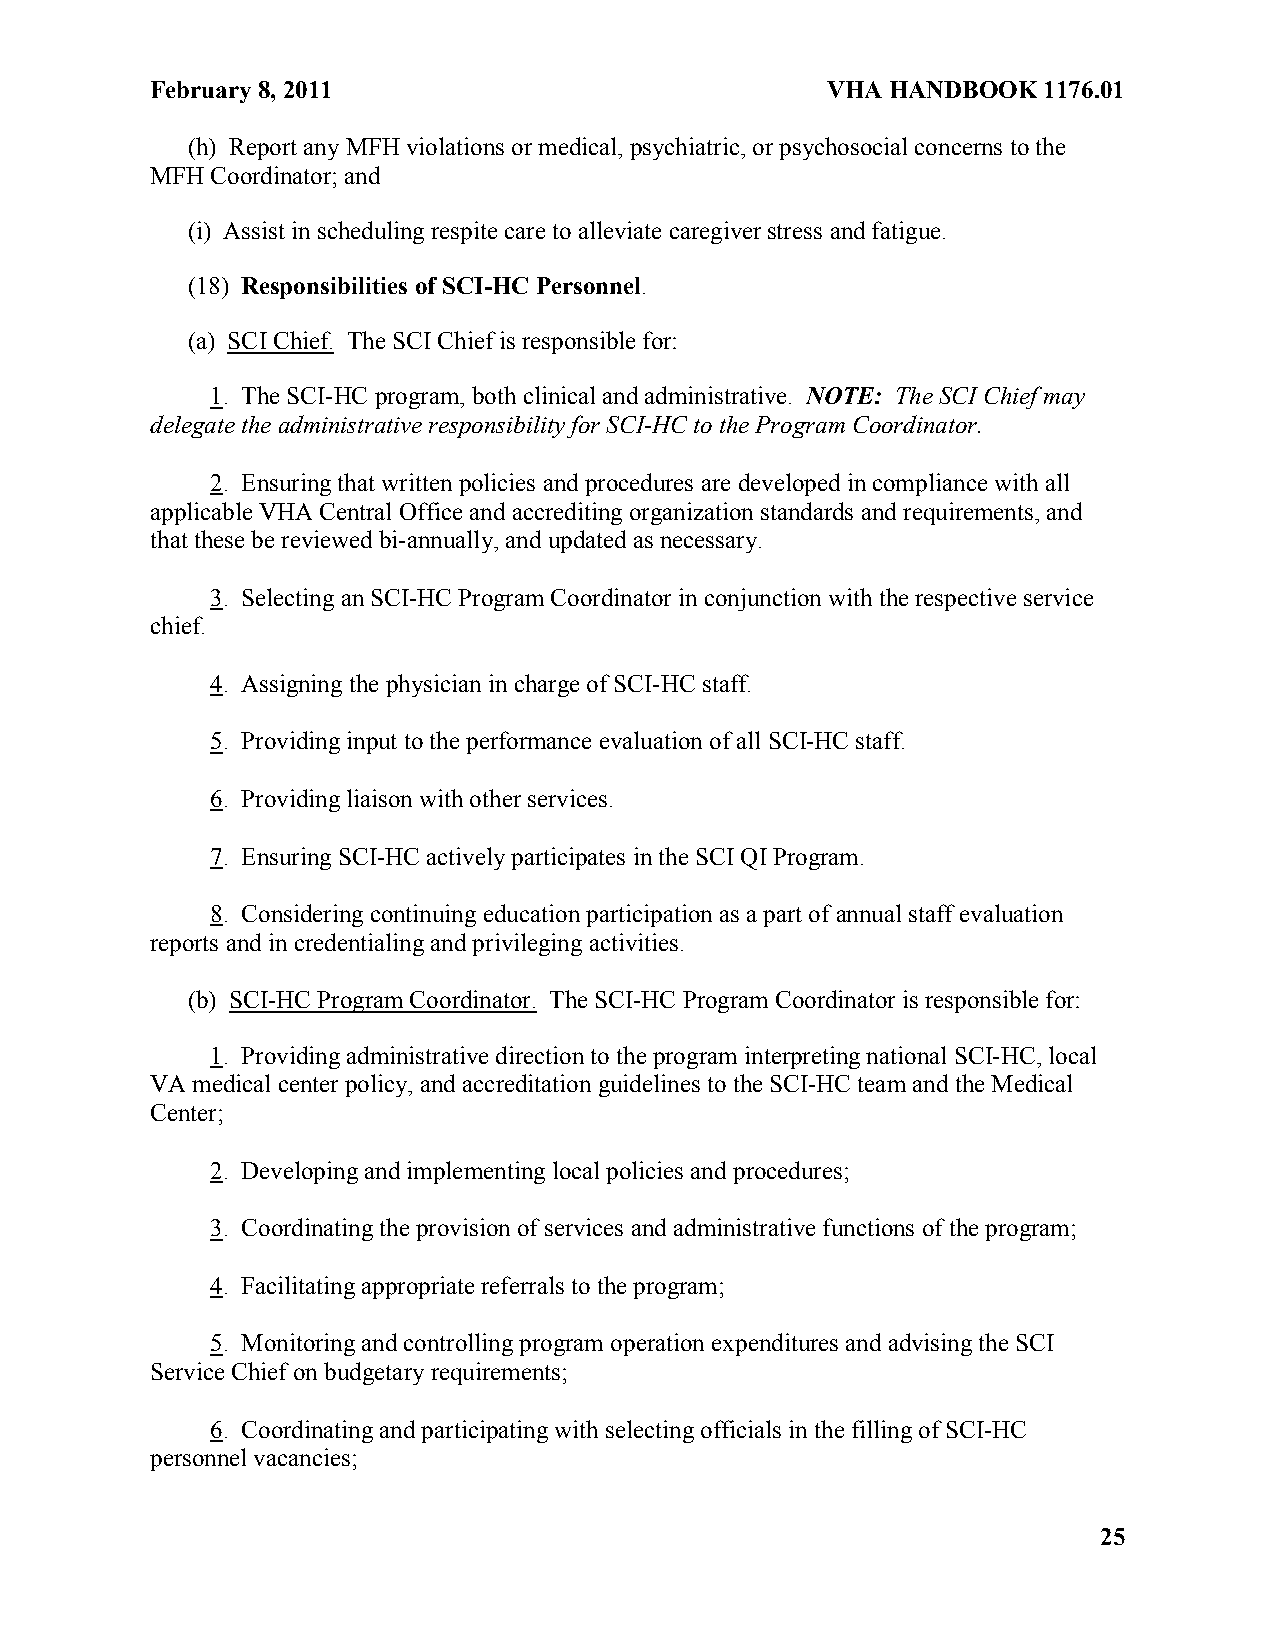
February 8, 2011                             VHA HANDBOOK  1176.01
 (h) Report any MFH violations or medical, psychiatric, or psychosocial concerns to the
 MFH Coordinator; and
 (i) Assist in scheduling respite care to alleviate caregiver stress and fatigue.
 (18) Responsibilities of SCI-HC Personnel.
 (a) SCI Chief. The SCI Chief is responsible for:
 1. The SCI-HC program, both clinical and administrative. NOTE: The SCI Chief may
 delegate the administrative responsibility for SCI-HC to the Program Coordinator.
 2. Ensuring that written policies and procedures are developed in compliance with all
 applicable VHA Central Office and accrediting organization standards and requirements, and
 that these be reviewed bi-annually, and updated as necessary.
 3. Selecting an SCI-HC Program Coordinator in conjunction with the respective service
 chief.
 4. Assigning the physician in charge of SCI-HC staff.
 5. Providing input to the performance evaluation of all SCI-HC staff.
 6. Providing liaison with other services.
 7. Ensuring SCI-HC actively participates in the SCI QI Program.
 8. Considering continuing education participation as a part of annual staff evaluation
 reports and in credentialing and privileging activities.
 (b) SCI-HC Program Coordinator. The SCI-HC Program Coordinator is responsible for:
 1. Providing administrative direction to the program interpreting national SCI-HC, local
 VA medical center policy, and accreditation guidelines to the SCI-HC team and the Medical
 Center;
 2. Developing and implementing local policies and procedures;
 3. Coordinating the provision of services and administrative functions of the program;
 4. Facilitating appropriate referrals to the program;
 5. Monitoring and controlling program operation expenditures and advising the SCI
 Service Chief on budgetary requirements;
 6. Coordinating and participating with selecting officials in the filling of SCI-HC
 personnel vacancies;
 25